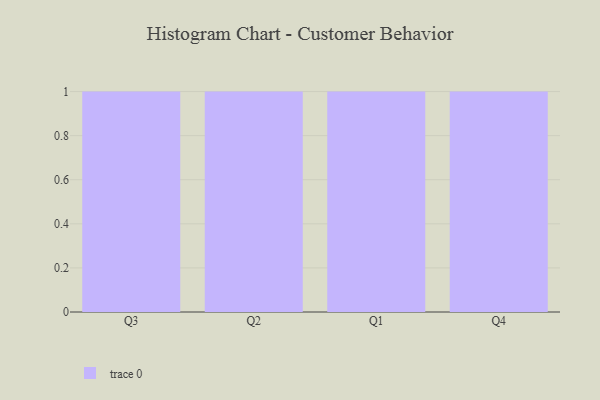
{"axis": {"x": "Quarter", "y": "Budget (USD K)"}, "legend": [""], "data": [{"x": "Q3", "y": 43, "type": ""}, {"x": "Q2", "y": 36, "type": ""}, {"x": "Q1", "y": 77, "type": ""}, {"x": "Q4", "y": 83, "type": ""}]}